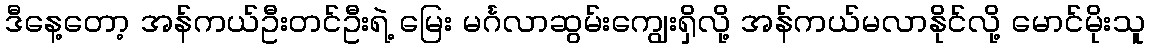
ဒီနေ့တော့ အန်ကယ်ဦးတင်ဦးရဲ့ မြေး မင်္ဂလာဆွမ်းကျွေးရှိလို့ အန်ကယ်မလာနိုင်လို့ မောင်မိုးသူ